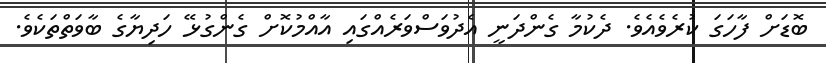
ބޮޑަށް ފާހަގަ ކުރެވެއެވެ. ދެކުމާ ގެންދަނީ އެދުވަސްވަރެއްގައި އާއްމުކޮށް ގެންގުޅޭ ހަދިޔާގެ ބާވަތްތަކެވެ.